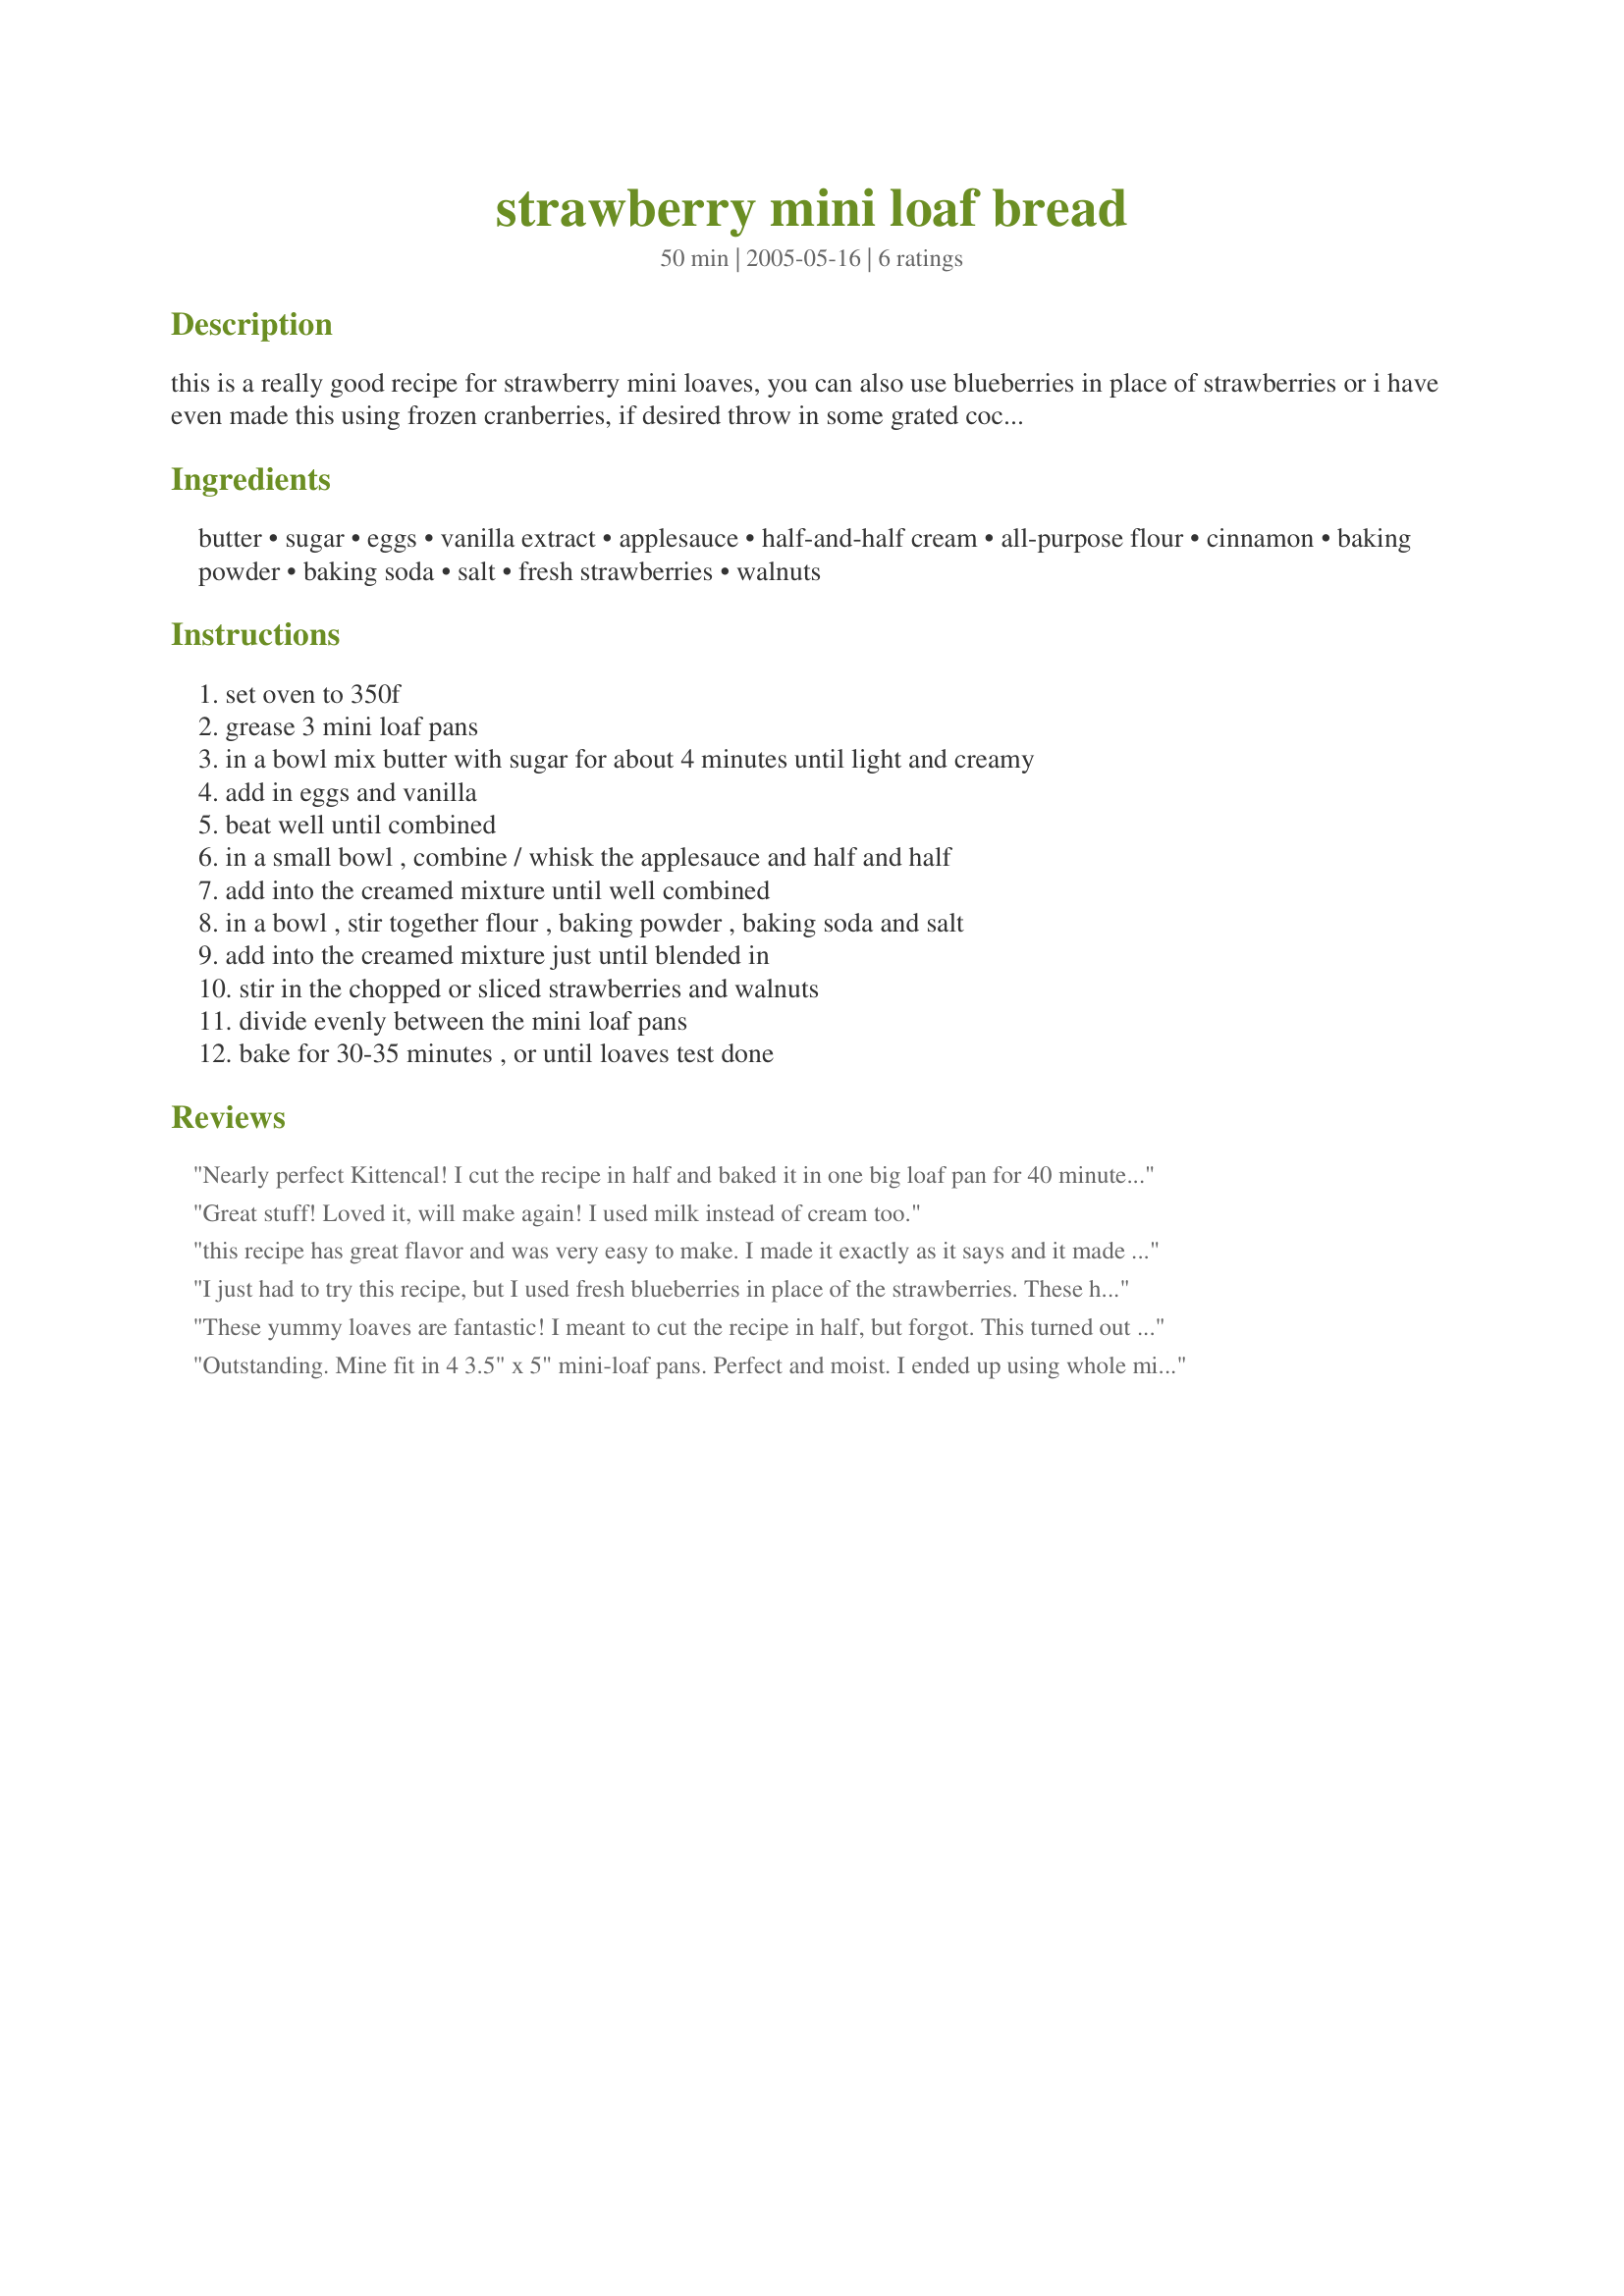
strawberry mini loaf bread
Preparation time: 50 minutes

this is a really good recipe for strawberry mini loaves, you can also use blueberries in place of strawberries or i have even made this using frozen cranberries, if desired throw in some grated coconut. they bake out very high and they are so moist. i have even sprinkled streusel lightly on top before baking.

Ingredients:
butter, sugar, eggs, vanilla extract, applesauce, half-and-half cream, all-purpose flour, cinnamon, baking powder, baking soda, salt, fresh strawberries, walnuts

Steps:
set oven to 350f, grease 3 mini loaf pans, in a bowl mix butter with sugar for about 4 minutes until light and creamy, add in eggs and vanilla, beat well until combined, in a small bowl , combine / whisk the applesauce and half and half, add into the creamed mixture until well combined, in a bowl , stir together flour , baking powder , baking soda and salt, add into the creamed mixture just until blended in, stir in the chopped or sliced strawberries and walnuts, divide evenly between the mini loaf pans, bake for 30-35 minutes , or until loaves test done

Reviews:
Nearly perfect Kittencal! I cut the recipe in half and baked it in one big loaf pan for 40 minutes and it came out perfect! Very moist! I didn't put in walnuts, just extra strawberries, but I don't really like nuts much anyway. Can't wait to try this with blueberries or raspberries! This is just what I was looking for with the applesauce!
Great stuff! Loved it, will make again! I used milk instead of cream too.
this recipe has great flavor and was very easy to make. I made it exactly as it says and it made 8 mini loaves. I will be making this again,
I just had to try this recipe, but I used fresh blueberries in place of the strawberries. These have to be the most wonderful moist little cakes, and they rise really high. I actually made mine also in 4 mini pans, I thought that three pans would be too full. I love these! thank you my friend for another great recipe!
These yummy loaves are fantastic! I meant to cut the recipe in half, but forgot. This turned out to be a good thing: I got 4 mini loaves from this recipe and they were such a HIT with my dinner guests tonight that I had to send them home with their own loaf, so I'm glad I got 4! One word of caution: when I added the applesauce/cream mixture to the batter, it looked horribly curdled. Do not worry if this happens to you too, as I think the applesauce texture causes this. The batter comes together nicely and the resulting loaves are very moist with a lovely crumb. I did find these took 40 minutes to test done. The only thing I did differently was to take a spoonful of the flour mixture and toss it with the nuts, so they wouldn't sink to the bottom during the baking. Thanks for posting; I know I'll be making these a lot.
Outstanding. Mine fit in 4 3.5" x 5" mini-loaf pans. Perfect and moist. I ended up using whole milk instead of heavey cream and it still worked great. I posted my picture!
